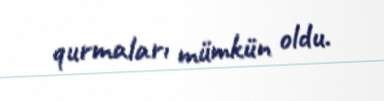
qurmaları mümkün oldu.